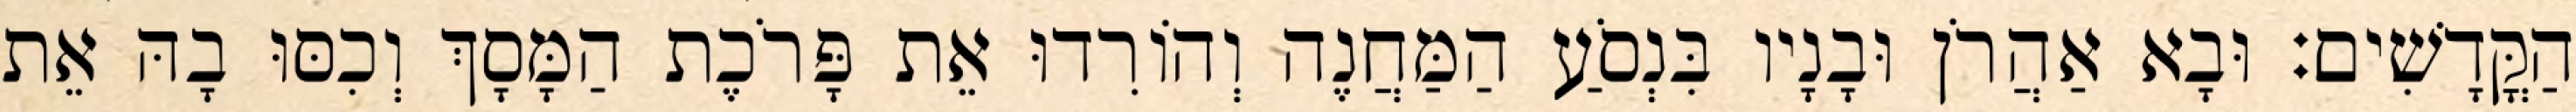
הַקֳּדָשִׁים׃ וּבָא אַהֲרֹן וּבָנָיו בִּנְסֹעַ הַמַּחֲנֶה וְהוֹרִדוּ אֵת פָּרֹכֶת הַמָּסָךְ וְכִסּוּ בָהּ אֵת